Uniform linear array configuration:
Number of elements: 32
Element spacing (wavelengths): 0.75
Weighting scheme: uniform
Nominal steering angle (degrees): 15
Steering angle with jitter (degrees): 16.06
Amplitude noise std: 0.05
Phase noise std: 0.05

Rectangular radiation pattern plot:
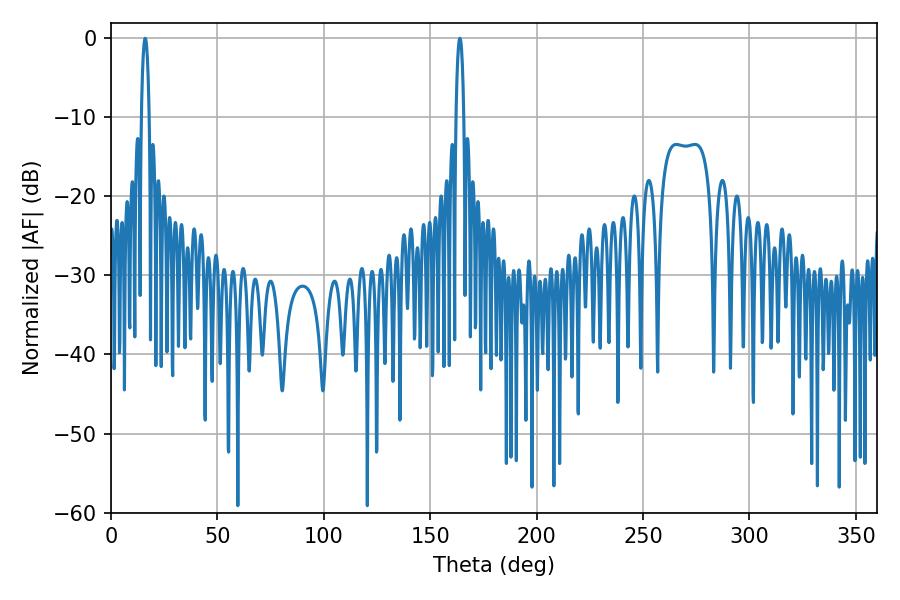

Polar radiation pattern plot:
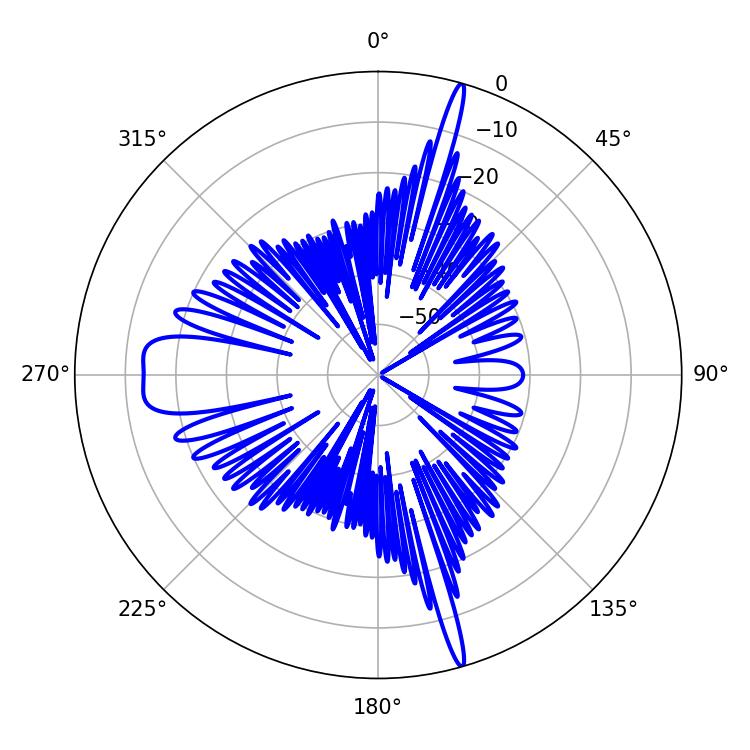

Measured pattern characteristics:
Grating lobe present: TRUE
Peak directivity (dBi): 25.544
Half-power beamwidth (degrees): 1.98
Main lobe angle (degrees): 16.02